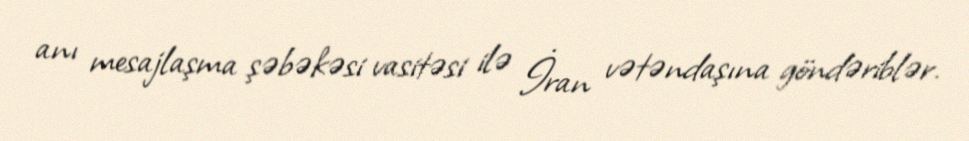
anı mesajlaşma şəbəkəsi vasitəsi ilə İran vətəndaşına göndəriblər.